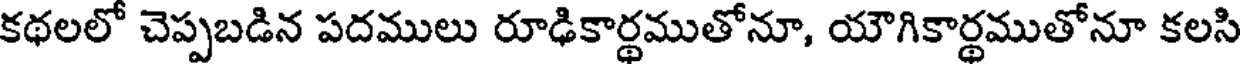
కథలలో చెప్పబడిన పదములు రూఢికార్థముతోనూ, యౌగికార్థముతోనూ కలసి